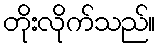
တိုးလိုက်သည်။